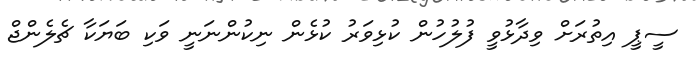
ސީޕީ އިތުރަށް ވިދާޅުވީ ފުލުހުން ކުޅިވަރު ކުޅެން ނިކުންނަނީ ވަކި ބަޔަކާ ޗެލެންޖް